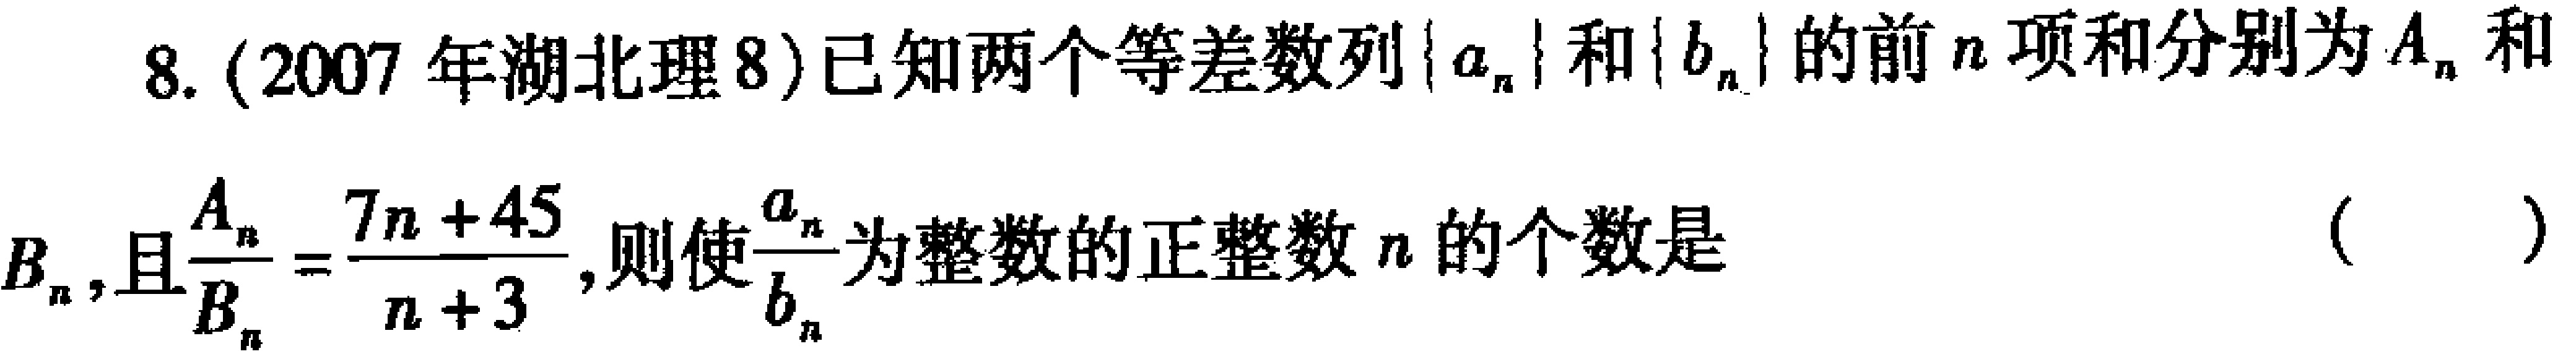
8. (2007年湖北理8)已知两个等差数列\(\{a_{n}\}\)和\(\{b_{n}\}\)的前\(n\)项和分别为\(A_{n}\)和\(B_{n}\),且\(\frac{A_{n}}{B_{n}}=\frac{7n + 45}{n + 3}\),则使\(\frac{a_{n}}{b_{n}}\)为整数的正整数\(n\)的个数是 （  ）